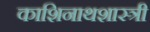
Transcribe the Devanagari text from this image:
काशिनाथशास्त्री